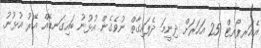
އެއަރޕޯރޓް 25 އަހަރަށް ދިނީމަ ދެފައިގާތް ނުވެގެން އުޅުނު ބައިގަނޑެއް އޭރު އުޅުނު.